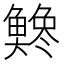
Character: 𫙭